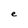
Character: e